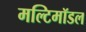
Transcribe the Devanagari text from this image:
मल्टिमॉडल